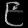
Digit: ၉